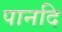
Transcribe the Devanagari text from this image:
पानदि